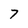
Character: 7